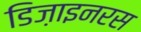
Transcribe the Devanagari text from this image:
डिज़ाइनरस